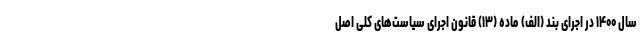
سال ۱۴۰۰ در اجرای بند (الف) ماده (۱۳) قانون اجرای سیاست‌های کلی اصل